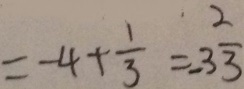
= - 4 + \frac { 1 } { 3 } = - 3 \frac { 2 } { 3 }